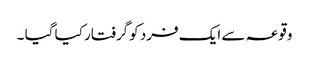
وقوعہ سے ایک فرد کوگرفتار کیا گیا ۔